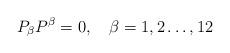
LaTeX: \begin{align*}P_\beta P^\beta =0,\quad \beta =1,2\dots ,12\end{align*}